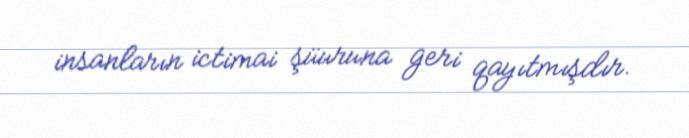
insanların ictimai şüuruna geri qayıtmışdır.